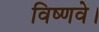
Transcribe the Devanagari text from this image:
विष्णवे।